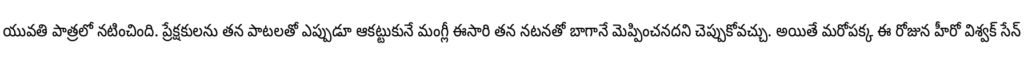
యువతి పాత్రలో నటించింది. ప్రేక్షకులను తన పాటలతో ఎప్పుడూ ఆకట్టుకునే మంగ్లీ ఈసారి తన నటనతో బాగానే మెప్పించనదని చెప్పుకోవచ్చు. అయితే మరోపక్క ఈ రోజున హీరో విశ్వక్ సేన్